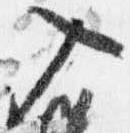
入